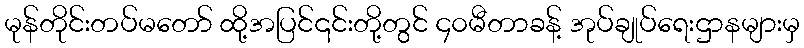
မုန်တိုင်းတပ်မတော် ထို့အပြင်၎င်းတို့တွင် ၄၀မီတာခန့် အုပ်ချုပ်ရေးဌာနများမှ